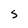
Character: S